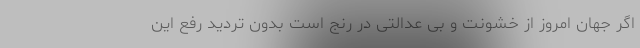
اگر جهان امروز از خشونت و بی عدالتی در رنج است بدون تردید رفع این